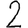
Digit: 2